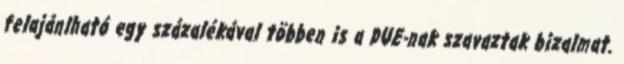
felajánlható egy százalékával többen is a DUE-nak szavaztak bizalmat.